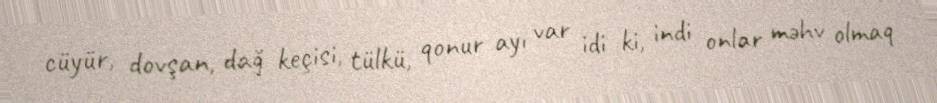
cüyür, dovşan, dağ keçisi, tülkü, qonur ayı var idi ki, indi onlar məhv olmaq